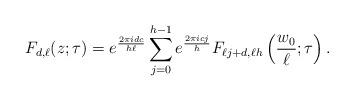
LaTeX: \begin{align*} F_{d, \ell}(z;\tau) = e^{\frac{2 \pi i d c}{h \ell}} \sum_{j=0}^{h-1} e^{\frac{2 \pi i c j}{h}} F_{\ell j+d,\ell h }\left(\frac{w_0}{\ell};\tau\right).\end{align*}